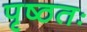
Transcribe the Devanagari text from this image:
पृष्ठतः